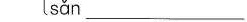
sǎn__